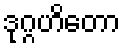
ဒုဂ္ဂဟိတော